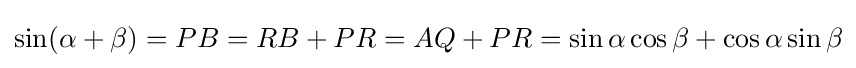
\sin(\alpha +\beta )=PB=RB+PR=AQ+PR=\sin \alpha \cos \beta +\cos \alpha \sin \beta